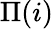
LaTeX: \Pi(i)